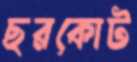
ছরকোট